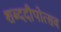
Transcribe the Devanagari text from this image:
शब्ददीपोत्सव